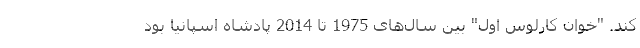
کند. "خوان کارلوس اول" بین سال‌های 1975 تا 2014 پادشاه اسپانیا بود